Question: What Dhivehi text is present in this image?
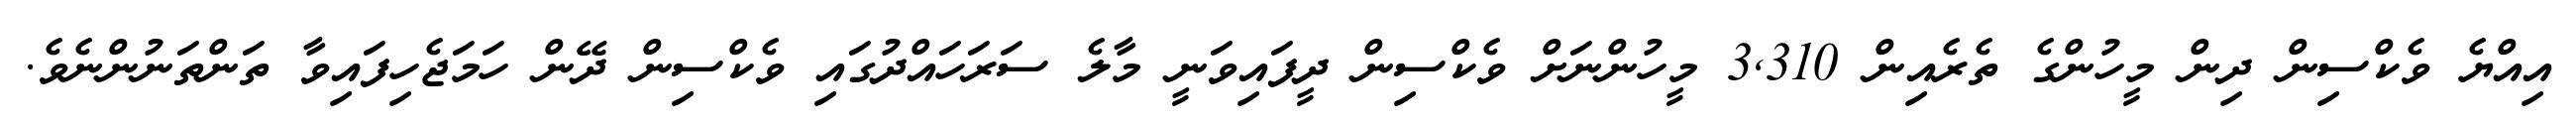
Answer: އިއްޔެ ވެކްސިން ދިން މީހުންގެ ތެރެއިން 3,310 މީހުންނަށް ވެކްސިން ދީފައިވަނީ މާލެ ސަރަހައްދުގައި ވެކްސިން ދޭން ހަމަޖެހިފައިވާ ތަންތަނުންނެވެ.